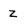
Character: Z